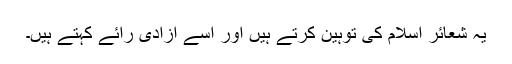
یہ شعائر اسلام کی توہین کرتے ہیں اور اسے آزادی رائے کہتے ہیں۔